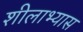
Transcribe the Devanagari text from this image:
शीलाभ्यास